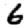
Digit: 6